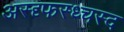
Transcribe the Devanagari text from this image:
अस्द्द्फस्ध्चस्द